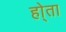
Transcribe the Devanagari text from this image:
हो्ता